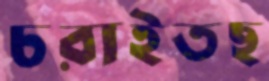
চরাইতছ